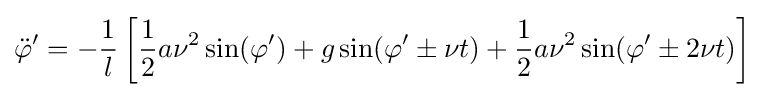
{\ddot {\varphi }}^{\prime }=-{\frac {1}{l}}\left[{\frac {1}{2}}a\nu ^{2}\sin(\varphi ^{\prime })+g\sin(\varphi ^{\prime }\pm \nu t)+{\frac {1}{2}}a\nu ^{2}\sin(\varphi ^{\prime }\pm 2\nu t)\right]\;